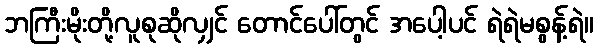
ဘကြီးမိုးတို့လူစုဆိုလျှင် တောင်ပေါ်တွင် အပေါ့ပင် ရဲရဲမစွန့်ရဲ။